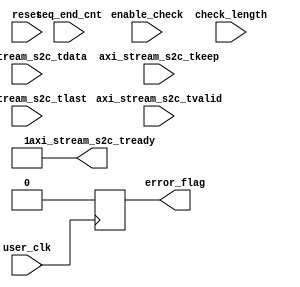
//-----------------------------------------------------------------------------
//
// (c) Copyright 2012-2013 Xilinx, Inc. All rights reserved.
//
// This file contains confidential and proprietary information of Xilinx, Inc.
// and is protected under U.S. and international copyright and other
// intellectual property laws.
//
// DISCLAIMER
//
// This disclaimer is not a license and does not grant any rights to the
// materials distributed herewith. Except as otherwise provided in a valid
// license issued to you by Xilinx, and to the maximum extent permitted by
// applicable law: (1) THESE MATERIALS ARE MADE AVAILABLE "AS IS" AND WITH ALL
// FAULTS, AND XILINX HEREBY DISCLAIMS ALL WARRANTIES AND CONDITIONS, EXPRESS,
// IMPLIED, OR STATUTORY, INCLUDING BUT NOT LIMITED TO WARRANTIES OF
// MERCHANTABILITY, NON-INFRINGEMENT, OR FITNESS FOR ANY PARTICULAR PURPOSE;
// and (2) Xilinx shall not be liable (whether in contract or tort, including
// negligence, or under any other theory of liability) for any loss or damage
// of any kind or nature related to, arising under or in connection with these
// materials, including for any direct, or any indirect, special, incidental,
// or consequential loss or damage (including loss of data, profits, goodwill,
// or any type of loss or damage suffered as a result of any action brought by
// a third party) even if such damage or loss was reasonably foreseeable or
// Xilinx had been advised of the possibility of the same.
//
// CRITICAL APPLICATIONS
//
// Xilinx products are not designed or intended to be fail-safe, or for use in
// any application requiring fail-safe performance, such as life-support or
// safety devices or systems, Class III medical devices, nuclear facilities,
// applications related to the deployment of airbags, or any other
// applications that could lead to death, personal injury, or severe property
// or environmental damage (individually and collectively, "Critical
// Applications"). Customer assumes the sole risk and liability of any use of
// Xilinx products in Critical Applications, subject only to applicable laws
// and regulations governing limitations on product liability.
//
// THIS COPYRIGHT NOTICE AND DISCLAIMER MUST BE RETAINED AS PART OF THIS FILE
// AT ALL TIMES.

`timescale 1ps / 1ps

module axi_stream_check #(
    parameter CNT_WIDTH        =  20   ,
    parameter SEQ_END_CNT_WIDTH = 32   ,
    parameter AXIS_TDATA_WIDTH =  128  ,
    parameter NUM_BYTES        = AXIS_TDATA_WIDTH/8,
    parameter AXIS_TKEEP_WIDTH =  16   
)
(
    input                         enable_check,
    input  [CNT_WIDTH-1:0]        check_length,
    input  [SEQ_END_CNT_WIDTH-1:0]seq_end_cnt,
    input  [AXIS_TDATA_WIDTH-1:0] axi_stream_s2c_tdata,
    input  [AXIS_TKEEP_WIDTH-1:0] axi_stream_s2c_tkeep,
    input                         axi_stream_s2c_tvalid,
    input                         axi_stream_s2c_tlast,
    output                        axi_stream_s2c_tready,
    output reg                    error_flag,

    input                         user_clk,
    input                         reset   

);

  /************** Wire Declaration *******************/
  wire [AXIS_TDATA_WIDTH-1:0]   expected_data;

  /************** Reg Declaration *******************/
  reg  [AXIS_TDATA_WIDTH-1:0]   tx_data_c = 'b0;
  reg                           tx_data_valid_c = 'b0;
  reg  [AXIS_TKEEP_WIDTH-1:0]   tx_data_strobe_c;
  reg  [15:0]                   tx_pkt_length = 'b0;
  reg                           tx_data_last_c = 'b0;
  reg  [15:0]                   byte_cnt_c = 'b0;
  reg  [15:0]                   expected_tag_c = 'b0;
  reg  [15:0]                   next_expected_tag_c = 'b0;
  reg                           data_mismatch_0;
  reg                           data_mismatch_1;
  reg  [AXIS_TKEEP_WIDTH/2-1:0] i = 0;
  reg  [SEQ_END_CNT_WIDTH-1:0]  seq_end_cnt_r;


  // The Checker compares transmitted data against the expected data.
  // The expected data has the following pattern
  // The first DW (128 bits/16 bytes) of a packet carries 
  // the length info in the first 2 bytes and a 2 byte  
  // tag repeated seven times. All subsequent DW have the
  // the tag number repeated 8 times. 
  // The tag num increments by 1 from one packet to the
  // next
  
  assign expected_data = {AXIS_TKEEP_WIDTH/2{expected_tag_c}};
  
  always @ (posedge user_clk)
  begin
    tx_data_c         <= axi_stream_s2c_tdata;
    tx_data_valid_c   <= axi_stream_s2c_tvalid;
    tx_pkt_length     <= check_length;
    tx_data_strobe_c  <= axi_stream_s2c_tkeep;
    tx_data_last_c    <= axi_stream_s2c_tlast;
  end  

  always @ (posedge user_clk) begin
      seq_end_cnt_r <= seq_end_cnt;
  end
  
  // The data comparison is spilt over two processes to help with timing. 
  always @ (posedge user_clk) 
  begin
    if (!enable_check ) begin
        data_mismatch_0 <= 1'b0;
    end else if (tx_data_valid_c && byte_cnt_c == 0) begin
      if (tx_data_c[AXIS_TDATA_WIDTH/2-1:0] != {expected_data[AXIS_TDATA_WIDTH/2-1:16],tx_pkt_length}) begin
        data_mismatch_0 <= 1'b1;
      end    
    end else if (tx_data_valid_c && tx_data_last_c) begin
      for (i= 0; i <AXIS_TKEEP_WIDTH/2; i= i+1) begin  
        if (tx_data_strobe_c[i]  == 1 && tx_data_c[(i*8)+:8] != expected_data[(i*8)+:8]) begin
          data_mismatch_0 <= 1'b1; 
        end  
      end
    end else if (tx_data_valid_c) begin
      if (tx_data_c[AXIS_TDATA_WIDTH/2-1:0] != expected_data[AXIS_TDATA_WIDTH/2-1:0]) begin    
        data_mismatch_0 <= 1'b1;  
      end  
    end 
    
  end  
  
  always @ (posedge user_clk) 
  begin
    if (!enable_check) begin
        data_mismatch_1 <= 1'b0;
    end else if (tx_data_valid_c && tx_data_last_c) begin
      for (i= AXIS_TKEEP_WIDTH/2; i <AXIS_TKEEP_WIDTH; i= i+1) begin  
        if (tx_data_strobe_c[i]  == 1 && tx_data_c[(i*8)+:8] != expected_data[(i*8)+:8]) begin
          data_mismatch_1 <= 1'b1; 
        end  
      end
    end else if (tx_data_valid_c) begin
      if (tx_data_c[AXIS_TDATA_WIDTH-1:AXIS_TDATA_WIDTH/2] != expected_data[AXIS_TDATA_WIDTH-1:AXIS_TDATA_WIDTH/2]) begin    
        data_mismatch_1 <= 1'b1;  
      end  
    end 
    
  end  
  
  // data_mismatch is a sticky bit. The software polls this
  // register at regular intervals. 
  // This bit is set only when enable_check is 1
  always @ (posedge user_clk)
  begin
    error_flag <= 1'b0;
  end
  
  
  // Expected tag is updated at the end of a packet  
  always @ (posedge user_clk) 
  begin
    if (reset || !enable_check ) begin
      expected_tag_c <= 0;
      next_expected_tag_c <= 0;
    end else if (tx_data_valid_c && byte_cnt_c == 0 && tx_data_c[AXIS_TDATA_WIDTH-1:AXIS_TDATA_WIDTH-16]==seq_end_cnt_r-1) begin
      next_expected_tag_c <= 0;  
    end else if (tx_data_valid_c && byte_cnt_c == 0) begin
      next_expected_tag_c <= tx_data_c[AXIS_TDATA_WIDTH-1:AXIS_TDATA_WIDTH-16]+1;  
    end else if (tx_data_valid_c && tx_data_last_c) begin
      expected_tag_c <= next_expected_tag_c;  
    end  
  end  
  
  // Could use axi_stream_s2c_tlast to determine the start of
  // the next packet, but byte count allows to check
  // the actual payload length
  always @(posedge user_clk)
  begin
    if (reset == 1'b1 ) begin
      byte_cnt_c <= 0;
    end else if (tx_data_valid_c && byte_cnt_c == 0) begin
      byte_cnt_c <= tx_data_c[15:0] - AXIS_TKEEP_WIDTH;
    end else if (tx_data_valid_c && byte_cnt_c < AXIS_TKEEP_WIDTH) begin
      byte_cnt_c <= 0;
    end else if (tx_data_valid_c) begin
      byte_cnt_c <= byte_cnt_c - AXIS_TKEEP_WIDTH;
    end
  end

  assign axi_stream_s2c_tready=1'b1;


endmodule